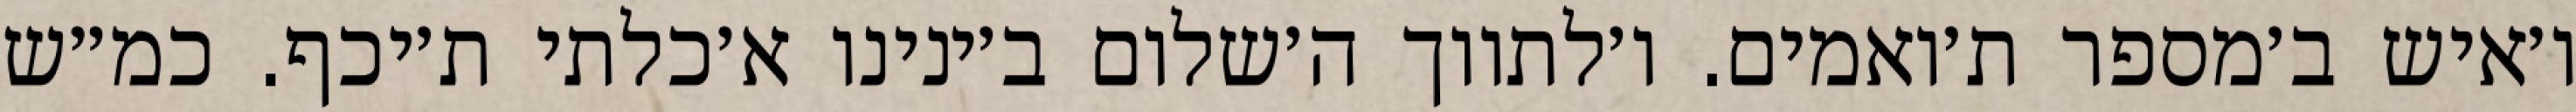
ו׳איש ב׳מספר ת׳ואמים. ו׳לתווך ה׳שלום ב׳ינינו א׳כלתי ת׳יכף. כמ״ש